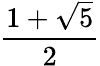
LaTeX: \frac{1+\sqrt{5}}{2}